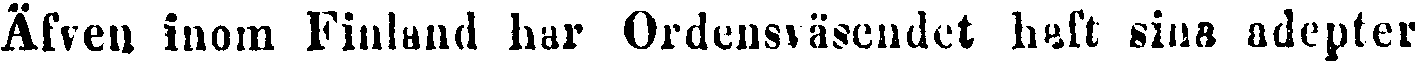
Äfven inom Finland har Ordensväsendet haft sina adepter